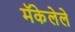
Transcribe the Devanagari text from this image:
मॅकेलेले